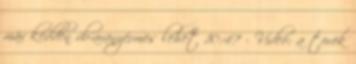
már kedden vb-aranyérmes lehet 10:47 - Videó: a török